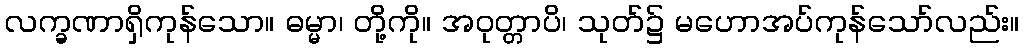
လက္ခဏာရှိကုန်သော။ ဓမ္မာ၊ တို့ကို။ အဝုတ္တာပိ၊ သုတ်၌ မဟောအပ်ကုန်သော်လည်း။